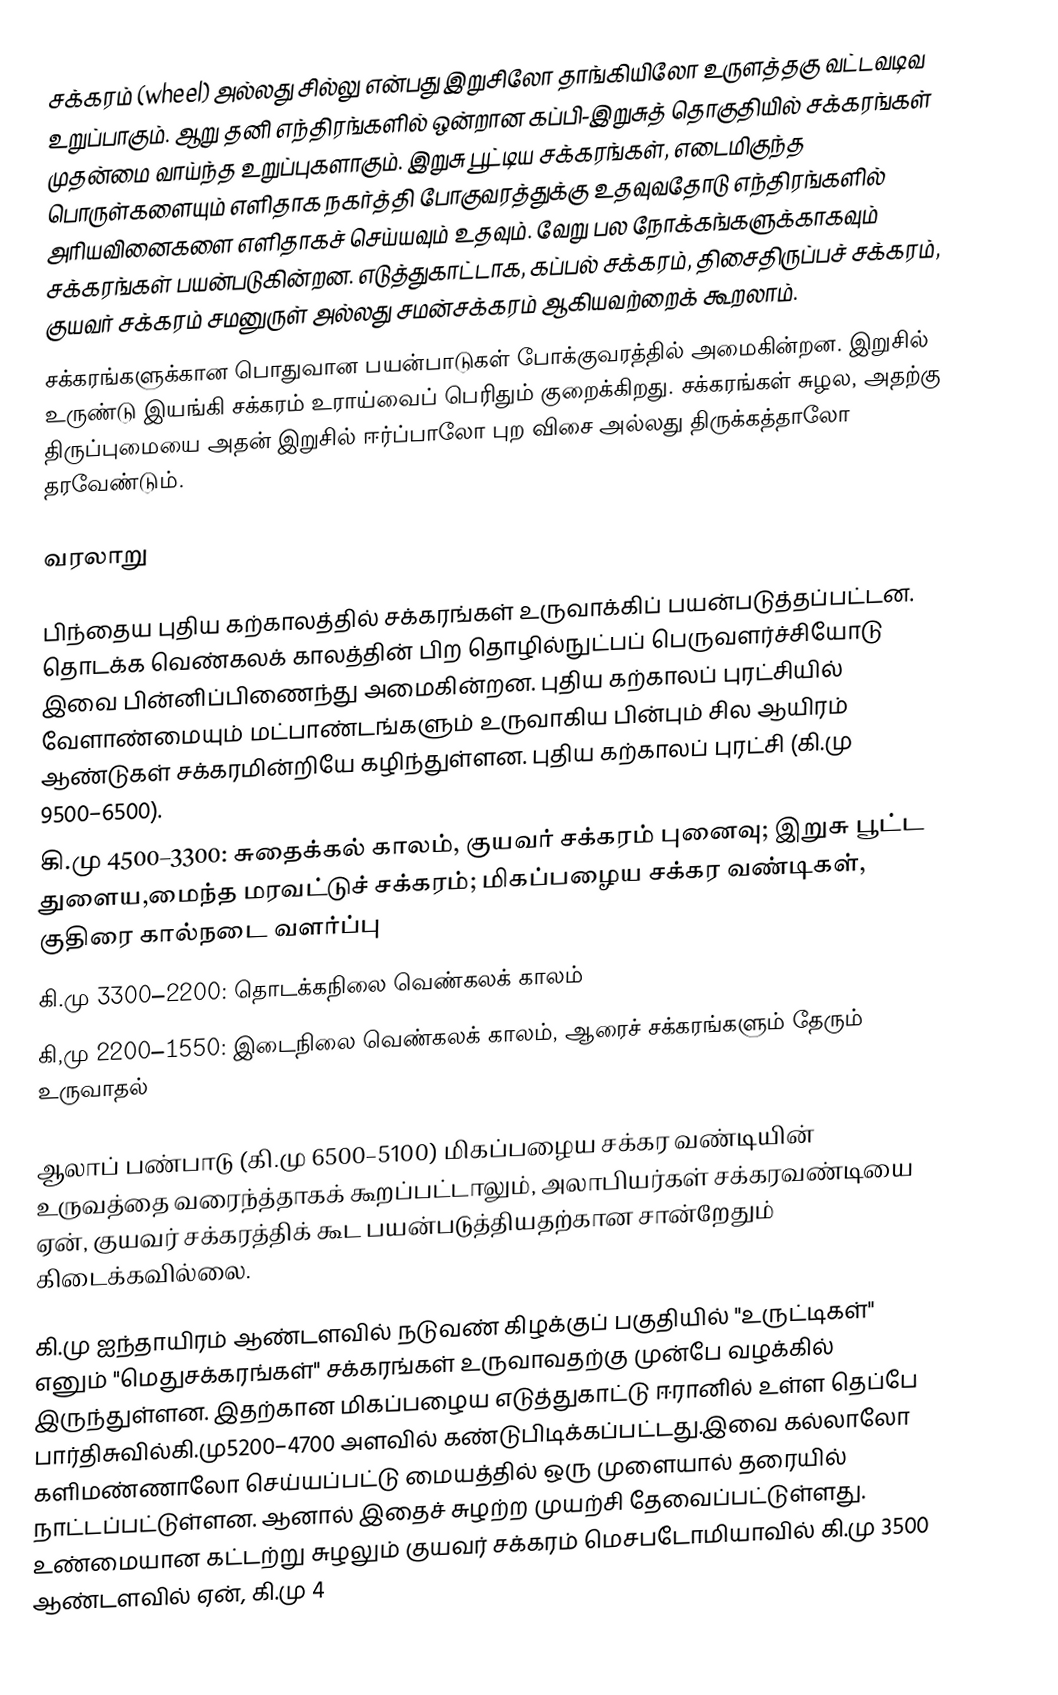
சக்கரம் (wheel) அல்லது சில்லு என்பது இறுசிலோ தாங்கியிலோ உருளத்தகு வட்டவடிவ உறுப்பாகும். ஆறு தனி எந்திரங்களில் ஒன்றான கப்பி-இறுசுத் தொகுதியில் சக்கரங்கள் முதன்மை வாய்ந்த உறுப்புகளாகும். இறுசு பூட்டிய சக்கரங்கள், எடைமிகுந்த பொருள்களையும் எளிதாக நகர்த்தி போகுவரத்துக்கு உதவுவதோடு எந்திரங்களில் அரியவினைகளை எளிதாகச் செய்யவும் உதவும். வேறு பல நோக்கங்களுக்காகவும் சக்கரங்கள் பயன்படுகின்றன. எடுத்துகாட்டாக, கப்பல் சக்கரம், திசைதிருப்பச் சக்கரம், குயவர் சக்கரம் சமனுருள் அல்லது சமன்சக்கரம் ஆகியவற்றைக் கூறலாம்.
சக்கரங்களுக்கான பொதுவான பயன்பாடுகள் போக்குவரத்தில் அமைகின்றன. இறுசில் உருண்டு இயங்கி சக்கரம் உராய்வைப் பெரிதும் குறைக்கிறது. சக்கரங்கள் சுழல, அதற்கு திருப்புமையை அதன் இறுசில் ஈர்ப்பாலோ புற விசை அல்லது திருக்கத்தாலோ தரவேண்டும்.

வரலாறு

பிந்தைய புதிய கற்காலத்தில் சக்கரங்கள் உருவாக்கிப் பயன்படுத்தப்பட்டன. தொடக்க வெண்கலக் காலத்தின் பிற தொழில்நுட்பப் பெருவளர்ச்சியோடு இவை பின்னிப்பிணைந்து அமைகின்றன. புதிய கற்காலப் புரட்சியில் வேளாண்மையும் மட்பாண்டங்களும் உருவாகிய பின்பும் சில ஆயிரம் ஆண்டுகள் சக்கரமின்றியே கழிந்துள்ளன. புதிய கற்காலப் புரட்சி (கி.மு 9500–6500).
கி.மு 4500–3300: சுதைக்கல் காலம், குயவர் சக்கரம் புனைவு; இறுசு பூட்ட துளைய,மைந்த மரவட்டுச் சக்கரம்; மிகப்பழைய சக்கர வண்டிகள், குதிரை கால்நடை வளர்ப்பு
கி.மு 3300–2200: தொடக்கநிலை வெண்கலக் காலம்
கி,மு 2200–1550: இடைநிலை வெண்கலக் காலம், ஆரைச் சக்கரங்களும் தேரும் உருவாதல்

ஆலாப் பண்பாடு (கி.மு 6500–5100) மிகப்பழைய சக்கர வண்டியின் உருவத்தை வரைந்த்தாகக் கூறப்பட்டாலும், அலாபியர்கள் சக்கரவண்டியை ஏன், குயவர் சக்கரத்திக் கூட பயன்படுத்தியதற்கான சான்றேதும் கிடைக்கவில்லை.

கி.மு ஐந்தாயிரம் ஆண்டளவில் நடுவண் கிழக்குப் பகுதியில் "உருட்டிகள்" எனும் "மெதுசக்கரங்கள்" சக்கரங்கள் உருவாவதற்கு முன்பே வழக்கில் இருந்துள்ளன. இதற்கான மிகப்பழைய எடுத்துகாட்டு ஈரானில் உள்ள தெப்பே பார்திசுவில்கி.மு5200–4700  அளவில் கண்டுபிடிக்கப்பட்டது.இவை  கல்லாலோ களிமண்ணாலோ செய்யப்பட்டு மையத்தில் ஒரு முளையால் தரையில் நாட்டப்பட்டுள்ளன. ஆனால் இதைச் சுழற்ற முயற்சி தேவைப்பட்டுள்ளது. உண்மையான கட்டற்று சுழலும் குயவர் சக்கரம் மெசபடோமியாவில் கி.மு  3500 ஆண்டளவில் ஏன், கி.மு 4